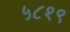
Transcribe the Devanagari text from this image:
५८१९